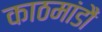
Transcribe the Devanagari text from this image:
काठमांडौं